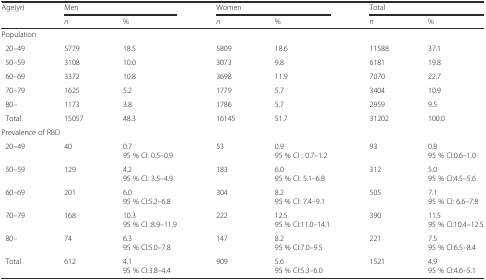
<table><thead><tr><td rowspan="2"><b>Age(yr)</b></td><td colspan="2"><b>Men</b></td><td colspan="2"><b>Women</b></td><td colspan="2"><b>Total</b></td></tr><tr><td><b><i>n</i></b></td><td><b>%</b></td><td><b><i>n</i></b></td><td><b>%</b></td><td><b><i>n</i></b></td><td><b>%</b></td></tr></thead><tbody><tr><td colspan="7">Population</td></tr><tr><td> 20–49</td><td>5779</td><td>18.5</td><td>5809</td><td>18.6</td><td>11588</td><td>37.1</td></tr><tr><td> 50–59</td><td>3108</td><td>10.0</td><td>3073</td><td>9.8</td><td>6181</td><td>19.8</td></tr><tr><td> 60–69</td><td>3372</td><td>10.8</td><td>3698</td><td>11.9</td><td>7070</td><td>22.7</td></tr><tr><td> 70–79</td><td>1625</td><td>5.2</td><td>1779</td><td>5.7</td><td>3404</td><td>10.9</td></tr><tr><td> 80–</td><td>1173</td><td>3.8</td><td>1786</td><td>5.7</td><td>2959</td><td>9.5</td></tr><tr><td> Total</td><td>15057</td><td>48.3</td><td>16145</td><td>51.7</td><td>31202</td><td>100.0</td></tr><tr><td colspan="7">Prevalence of RBD</td></tr><tr><td> 20–49</td><td>40</td><td>0.795 % CI: 0.5–0.9</td><td>53</td><td>0.995 % CI : 0.7–1.2</td><td>93</td><td>0.895 % CI:0.6–1.0</td></tr><tr><td> 50–59</td><td>129</td><td>4.295 % CI: 3.5–4.9</td><td>183</td><td>6.095 % CI: 5.1–6.8</td><td>312</td><td>5.095 % CI:4.5–5.6</td></tr><tr><td> 60–69</td><td>201</td><td>6.095 % CI:5.2–6.8</td><td>304</td><td>8.295 % CI: 7.4–9.1</td><td>505</td><td>7.195 % CI: 6.6–7.8</td></tr><tr><td> 70–79</td><td>168</td><td>10.395 % CI :8.9–11.9</td><td>222</td><td>12.595 % CI:11.0–14.1</td><td>390</td><td>11.595 % CI:10.4–12.5</td></tr><tr><td> 80–</td><td>74</td><td>6.395 % CI:5.0–7.8</td><td>147</td><td>8.295 % CI:7.0–9.5</td><td>221</td><td>7.595 % CI:6.5–8.4</td></tr><tr><td> Total</td><td>612</td><td>4.195 % CI:3.8–4.4</td><td>909</td><td>5.695 % CI:5.3–6.0</td><td>1521</td><td>4.995 % CI:4.6–5.1</td></tr></tbody></table>